EAOK_Sinod, lk 53
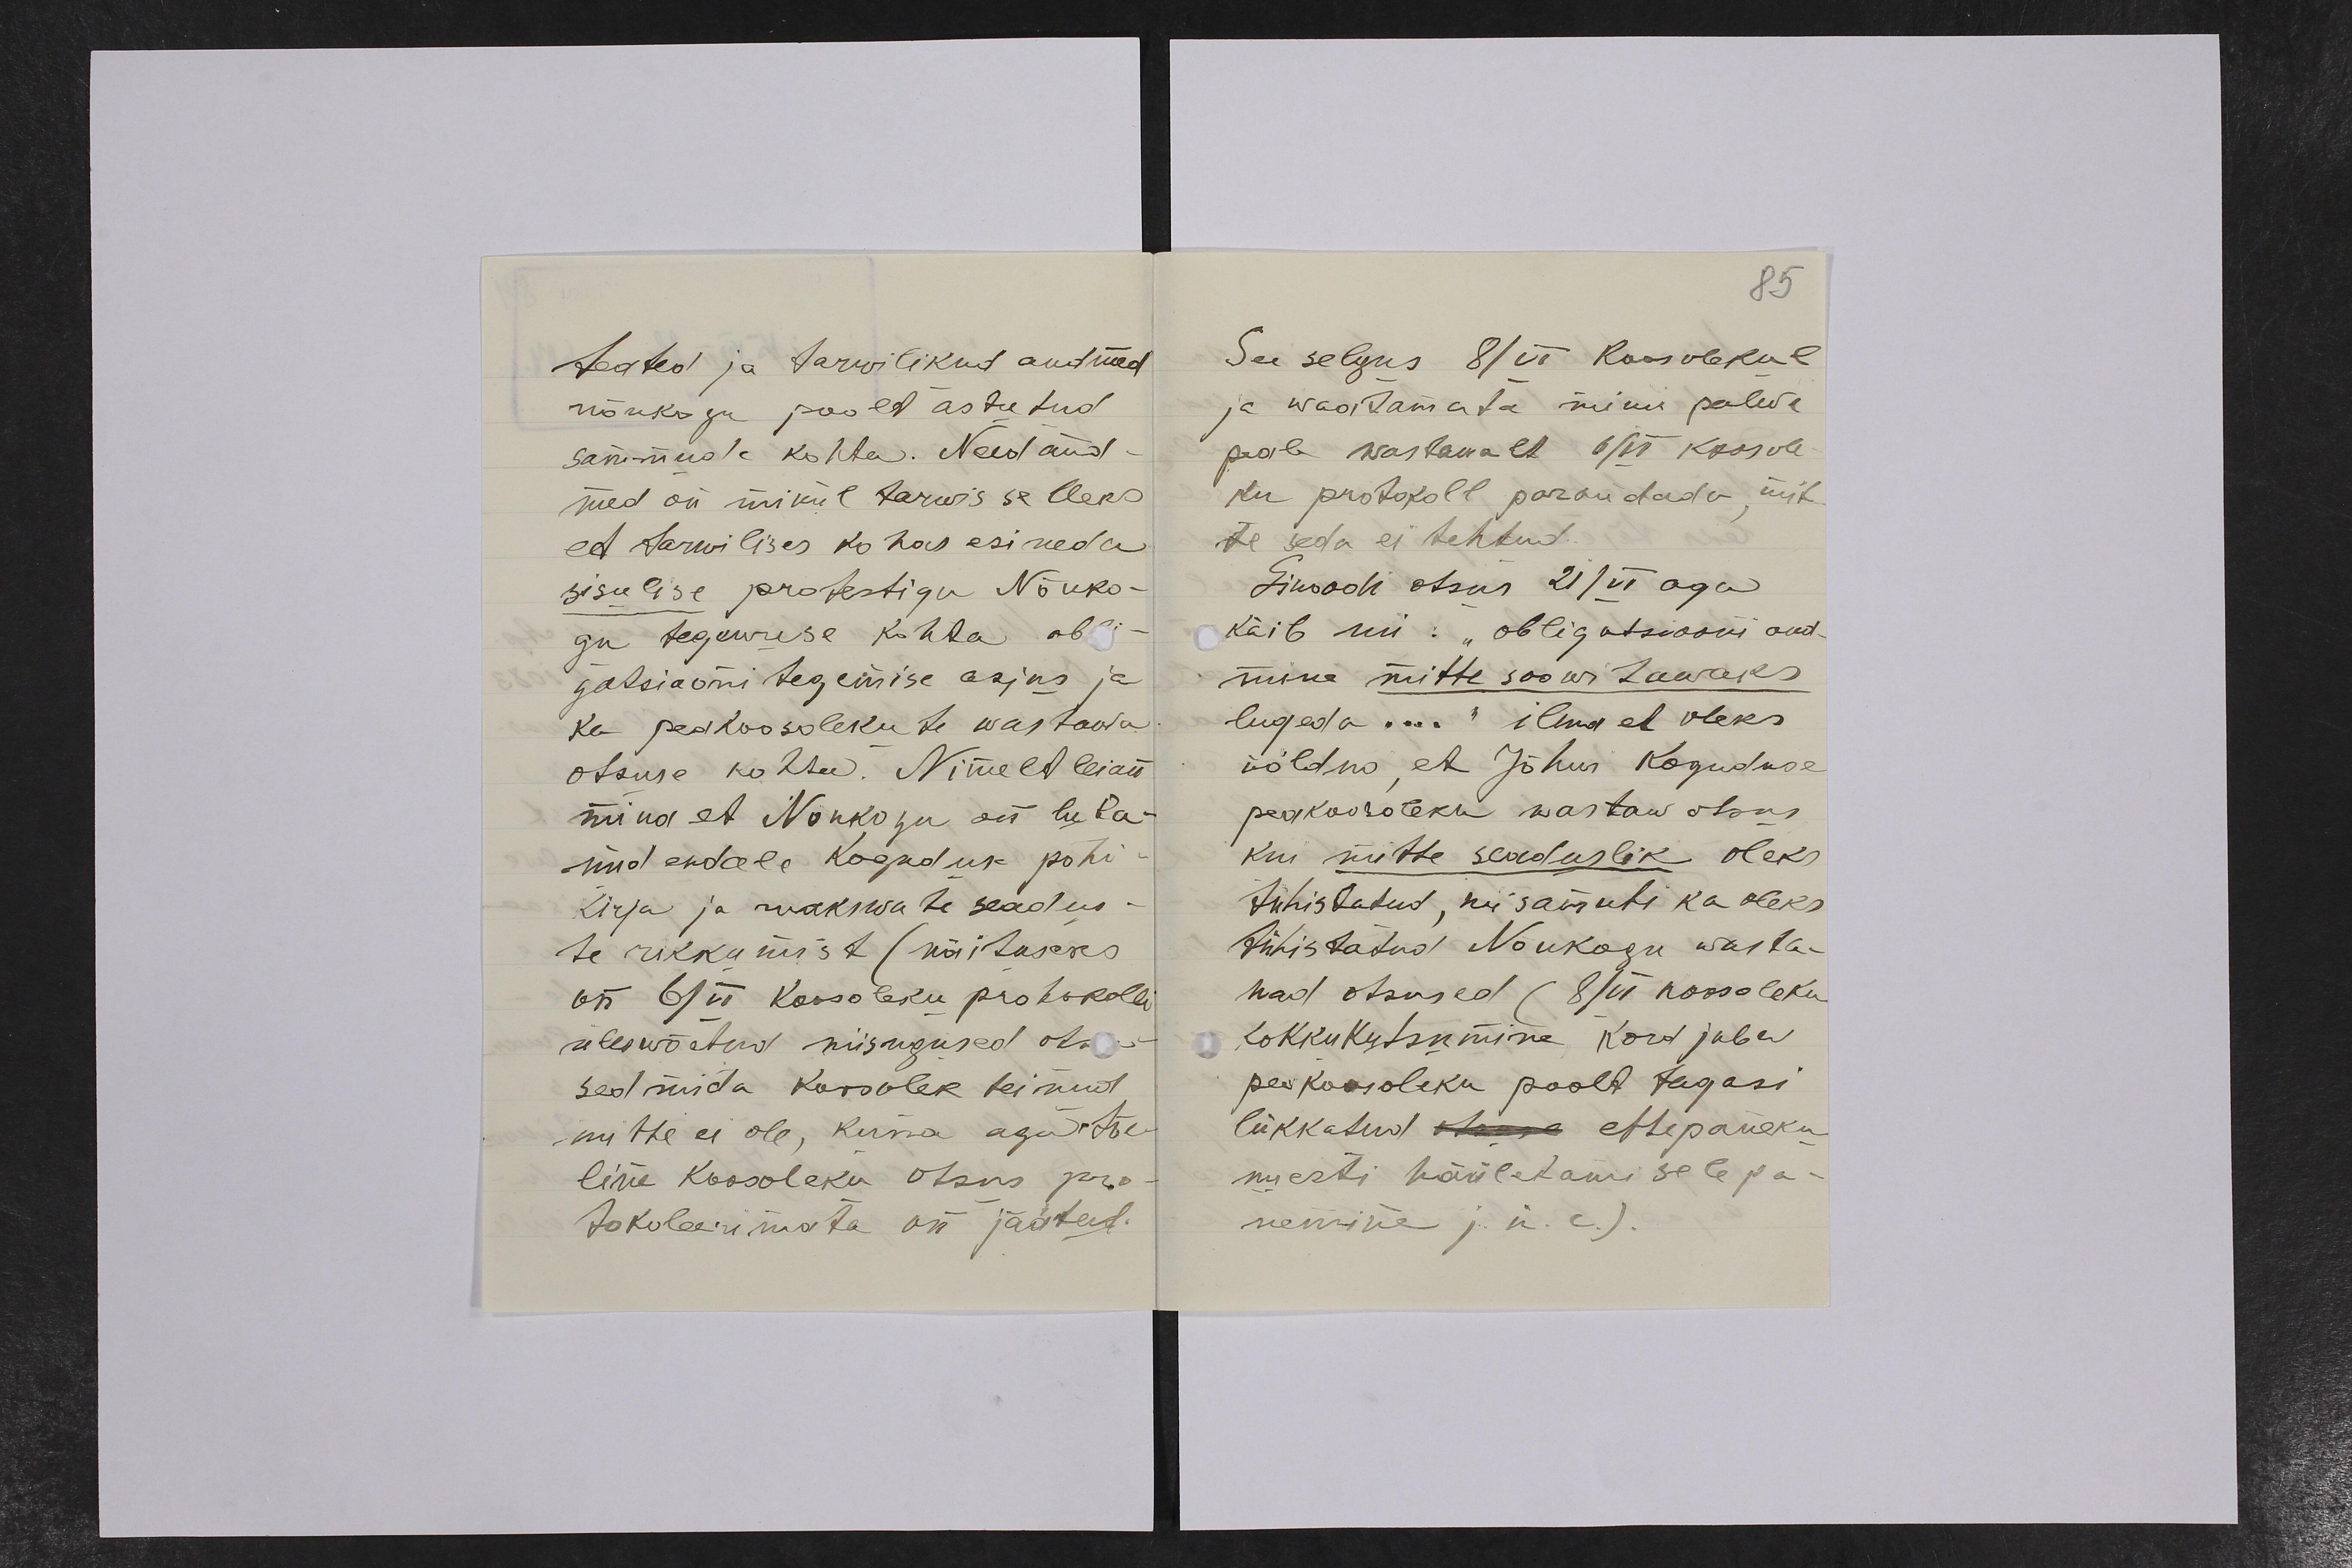
teated ja tarwilikud andmed
nõukogu poolt astutud
sammude kohta. Need and-
med on minul tarwis selleks
et tarwilises kohas esineda
sisulise protestiga Nõuko-
gu tegewuse kohta obli-
gatsiooni tegemise asjus ja
ka peakoosolekute wastawa
otsuse kohtu. Nimelt leian
mina et Nõukogu on luba-
nud endale koguduse põhi
kirja ja makswate seadus-
te rikkumist (näituseks
on 6/VI koosoleku protokolli
üleswõetud niisugused otsu-
sed mida koosolek teinud
mitte ei ole, kuna aga tõe-
line koosoleku otsus pro-
tokoleerimata on jäätud.

85
See selgus 8/VI koosolekul
ja waatamata minu palwe
peale wastawalt 6/VI koosole-
ku protokoll parandada, mit-
te seda ei tehtud.
Sinoodi otsus 21/VI aga
käib nii: „obligatsiooni and-
mine mitte soowitawaks
lugeda....“ ilma et oleks
võldus, et Jõhwi koguduse
peakoosoleku wastaw otsus
kui mitte seaduslik oleks
tühistatud, nii samuti ka oleks
tühistatud Nõukogu wasta-
wad otsused (8/VI koosoleku
kokkukutsumine kord juba
peakoosoleku poolt tagasi
lükkatud otsuse ettepaneku
uuesti hääletamisele pa-
nemine j.n.e.).